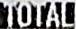
TOTAL